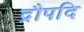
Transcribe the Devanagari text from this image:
द्रौपदि